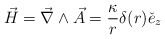
\begin{align*}\vec{H} = \vec{\nabla} \wedge \vec{A} = \frac{\kappa}{r} \delta(r) \check{e}_z\end{align*}